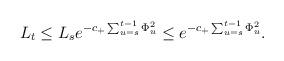
LaTeX: \begin{align*}L_t\le L_se^{-c_+\sum_{u=s}^{t-1}\Phi_u^2}\le e^{-c_+\sum_{u=s}^{t-1}\Phi_u^2}.\end{align*}